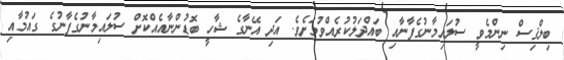
ބިލްޤިސް ނިންމެވީ ސުލައިމާނުގެފާނާއި ބައްދަލުކުރެއްވުމަށެވެ. އަދި އޭނާގެ ޝާހީ ބޮޑުންނާއެއްކޮށް ސުލައިމާނުގެފާނުގެ ގައުމާއި